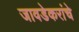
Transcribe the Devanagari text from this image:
जावडेकरांचे